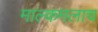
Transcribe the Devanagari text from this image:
माल्कमलाच